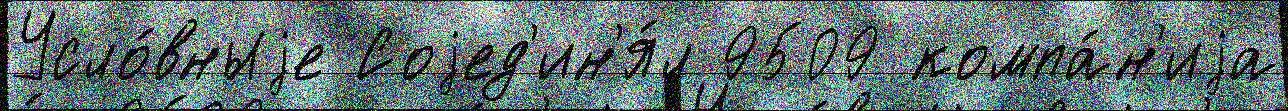
Усло́вныjе Соjед'ин'я́л 9509 компа́н'иjа